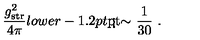
{ \frac { g _ { \mathrm { s t r } } ^ { 2 } } { 4 \pi } } { l o w e r - 1 . 2 p t \mathrm { \mathrm { \rlap { < } \lower 5 p t \mathrm { \mathrm { \sim } } } } \ } { \frac { 1 } { 3 0 } } \ .